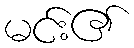
မင်း၏